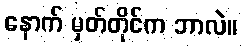
နောက် မှတ်တိုင်က ဘာလဲ။